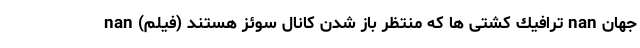
جهان nan ترافيك كشتى ها كه منتظر باز شدن كانال سوئز هستند (فیلم) nan